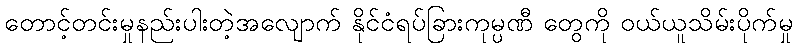
တောင့်တင်းမှုနည်းပါးတဲ့အလျောက် နိုင်ငံရပ်ခြားကုမ္ပဏီ တွေကို ဝယ်ယူသိမ်းပိုက်မှု